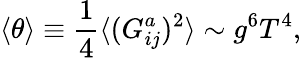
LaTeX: \langle\theta\rangle\equiv\frac{1}{4}\langle(G_{ij}^{a})^{2}\rangle\sim g^{6}T^{4},